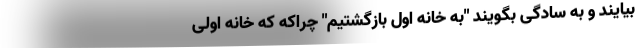
بیایند و به سادگی بگویند "به خانه اول بازگشتیم" چراکه که خانه اولی